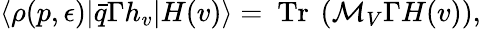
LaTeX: \langle\rho(p,\epsilon)|\bar{q}\Gamma h_{v}|H(v)\rangle=\mathrm{~Tr~}\left({\cal M}_{V}\Gamma H(v)\right),